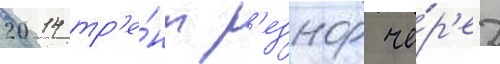
2014 тр'е́нт р'езнор че́р'ез